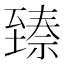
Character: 𬛵